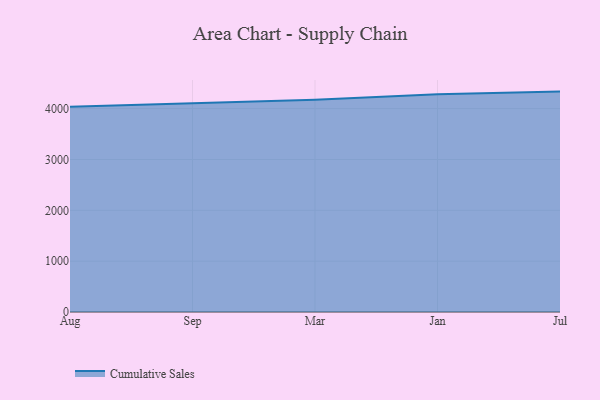
{"axis": {"x": "Month", "y": "Latency (ms)"}, "legend": ["Cumulative Sales"], "data": [{"x": "Aug", "y": 4036.0, "type": "Cumulative Sales"}, {"x": "Sep", "y": 4105.0, "type": "Cumulative Sales"}, {"x": "Mar", "y": 4175.5, "type": "Cumulative Sales"}, {"x": "Jan", "y": 4284.3, "type": "Cumulative Sales"}, {"x": "Jul", "y": 4335.2, "type": "Cumulative Sales"}]}